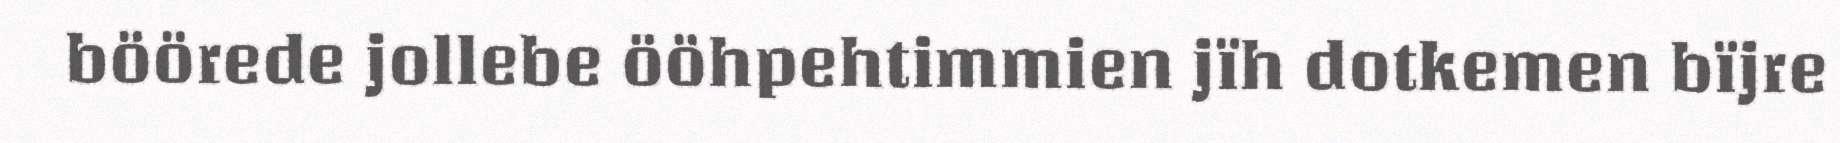
böörede jollebe ööhpehtimmien jïh dotkemen bïjre